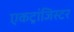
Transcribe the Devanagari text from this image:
एकट्रांजिस्टर